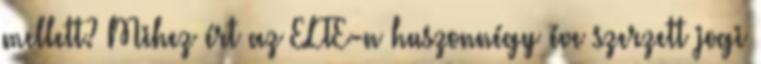
mellett? Mihez ért az ELTE-n huszonnégy éve szerzett jogi